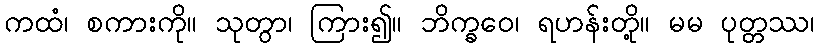
ကထံ၊ စကားကို။ သုတွာ၊ ကြား၍။ ဘိက္ခဝေ၊ ရဟန်းတို့။ မမ ပုတ္တဿ၊